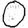
Digit: 0